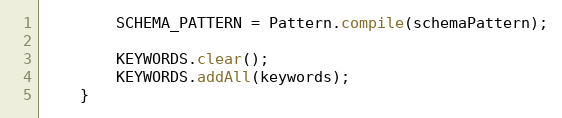
Language: Java
		SCHEMA_PATTERN = Pattern.compile(schemaPattern);

		KEYWORDS.clear();
		KEYWORDS.addAll(keywords);
	}